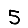
Digit: 5